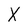
Character: X